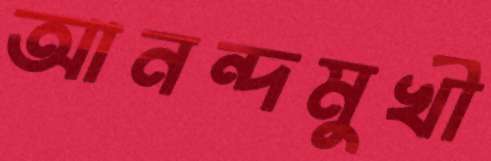
আনন্দমুখী